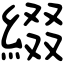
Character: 綴